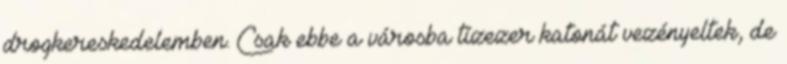
drogkereskedelemben. Csak ebbe a városba tízezer katonát vezényeltek, de